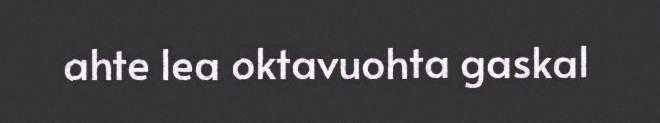
ahte lea oktavuohta gaskal